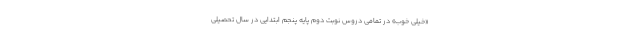
«خیلی خوب» در تمامی دروس نوبت دوم پایه پنجم ابتدایی در سال تحصیلی